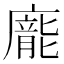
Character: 𭚂